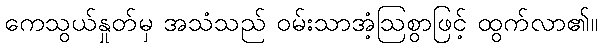
ကေသွယ်နှုတ်မှ အသံသည် ဝမ်းသာအံ့ဩစွာဖြင့် ထွက်လာ၏။